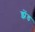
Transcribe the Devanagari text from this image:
झेंड